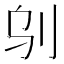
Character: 𠛆